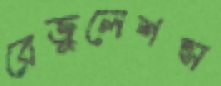
রেজুলেশন্স